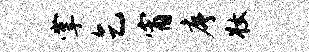
掌乞宵序妆